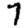
Digit: 7